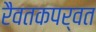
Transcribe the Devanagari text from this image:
रैवतकपर्वत